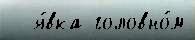
  я́вка головно́м